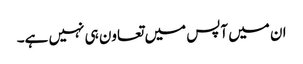
ان میں آپس میں تعاون ہی نہیں ہے۔